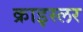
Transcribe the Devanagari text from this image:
क्राइस्लर